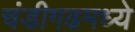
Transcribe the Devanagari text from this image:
चंडीगढमध्ये